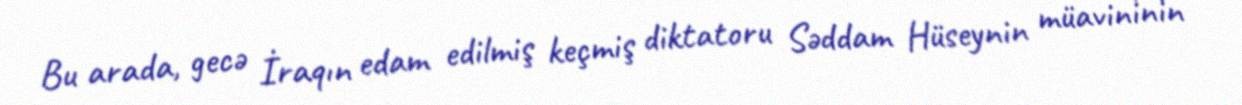
Bu arada, gecə İraqın edam edilmiş keçmiş diktatoru Səddam Hüseynin müavininin